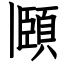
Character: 頥